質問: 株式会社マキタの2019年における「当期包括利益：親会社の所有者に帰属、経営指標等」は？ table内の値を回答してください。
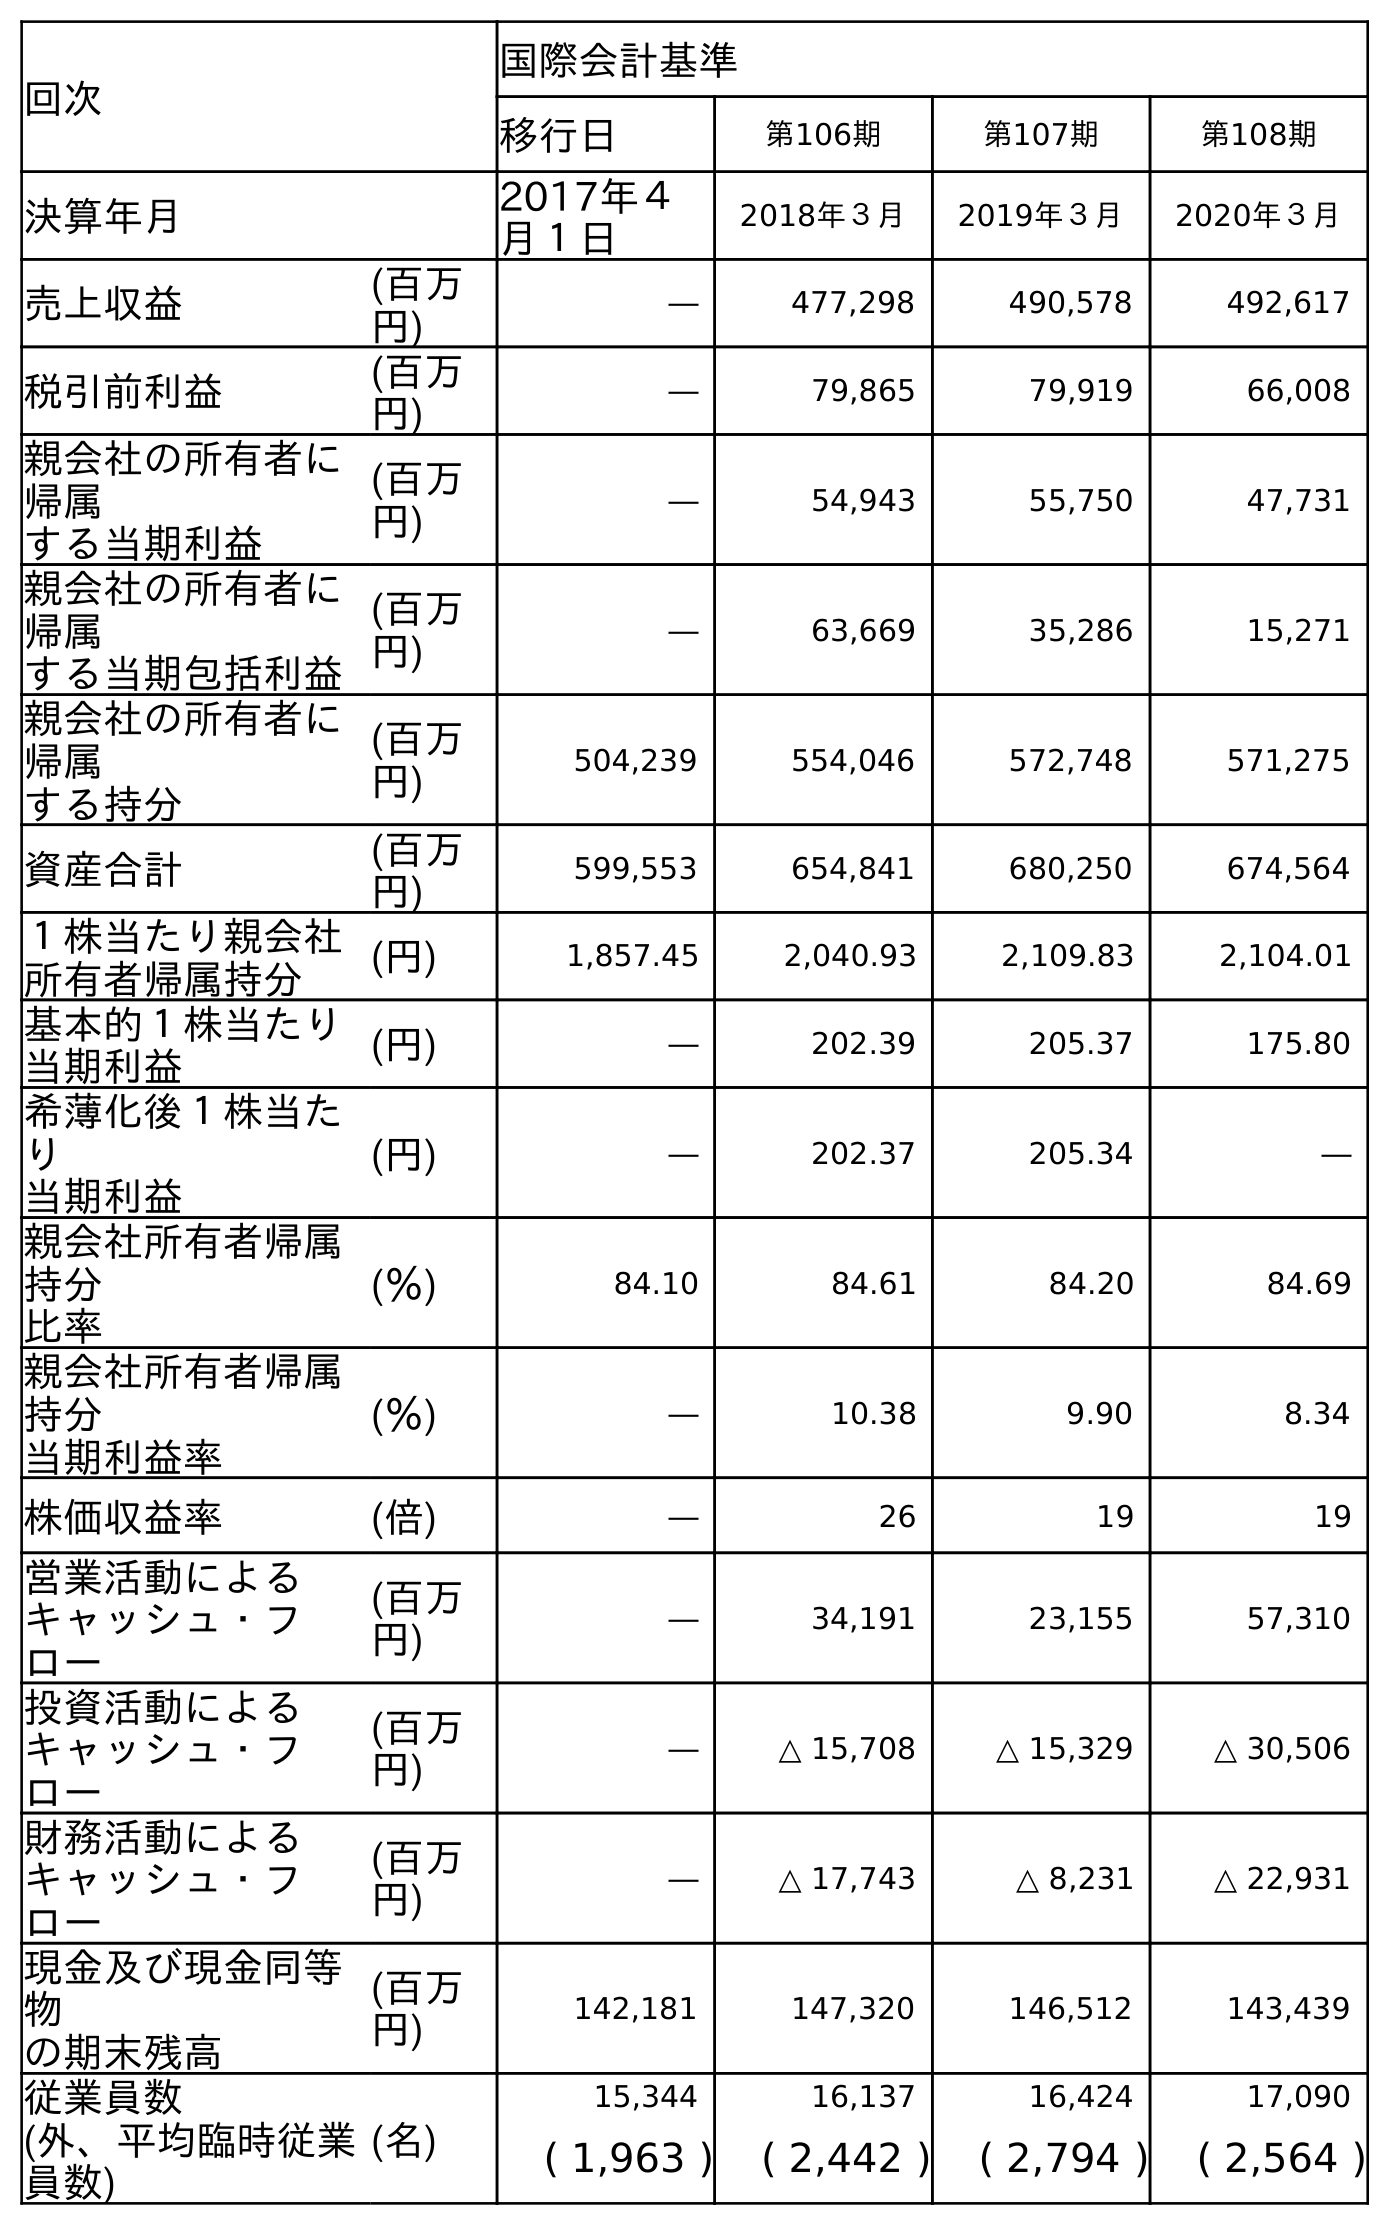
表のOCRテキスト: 回次 国際会計基準 移行日 第106期 第107期 第108期 決算年月 2017年４ 月１日 2018年３月 2019年３月 2020年３月 売上収益 (百万 円) ― 477,298 490,578 492,617 税引前利益 (百万 円) ― 79,865 79,919 66,008 親会社の所有者に 帰属 する当期利益 (百万 円) ― 54,943 55,750 47,731 親会社の所有者に 帰属 する当期包括利益 (百万 円) ― 63,669 35,286 15,271 親会社の所有者に 帰属 する持分 (百万 円) 504,239 554,046 572,748 571,275 資産合計 (百万 円) 599,553 654,841 680,250 674,564 １株当たり親会社 所有者帰属持分 (円) 1,857.45 2,040.93 2,109.83 2,104.01 基本的１株当たり 当期利益 (円) ― 202.39 205.37 175.80 希薄化後１株当た り 当期利益 (円) ― 202.37 205.34 ― 親会社所有者帰属 持分 比率 (％) 84.10 84.61 84.20 84.69 親会社所有者帰属 持分 当期利益率 (％) ― 10.38 9.90 8.34 株価収益率 (倍) ― 26 19 19 営業活動による キャッシュ・フ ロー (百万 円) ― 34,191 23,155 57,310 投資活動による キャッシュ・フ ロー (百万 円) ― △ 15,708 △ 15,329 △ 30,506 財務活動による キャッシュ・フ ロー (百万 円) ― △ 17,743 △ 8,231 △ 22,931 現金及び現金同等 物 の期末残高 (百万 円) 142,181 147,320 146,512 143,439 従業員数 (名) 15,344 16,137 16,424 17,090 (外、平均臨時従業 員数) ( 1,963 ) ( 2,442 ) ( 2,794 ) ( 2,564 )
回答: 35,286